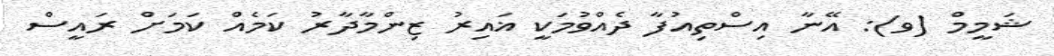
ޝަމީމް (ވ): އޭނާ އިސްތިއުފާ ދެއްވުމަކީ ޣައިރު ޒިންމާދާރު ކަމެއް ކަމަށް ރައީސް